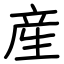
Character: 産